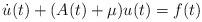
LaTeX: \begin{align*}\dot{u}(t) + (A(t) + \mu)u(t) = f(t)\end{align*}